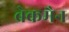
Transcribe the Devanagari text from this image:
ब्रेकमैन